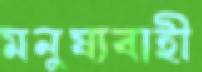
মনুষ্যবাহী